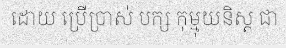
ដោយ ប្រើប្រាស់ បក្ស កុម្មុយនិស្ត ជា